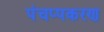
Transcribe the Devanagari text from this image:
पंचप्पकरण